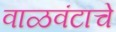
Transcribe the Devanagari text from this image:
वाळवंटाचे